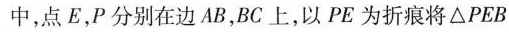
中，点E，P分别在边AB，BC上，以PE为折痕将ΔPEB